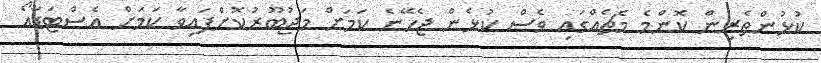
ކުޅުންތެރިން ކޮންމެ މެޗެއްގައި ވެސް ކުޅެން ޖެހޭނެ ކަމަށް މަޖުބޫރުކޮށްފައިވާ ކަމަށް އެސްޓަޑާއޯ